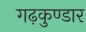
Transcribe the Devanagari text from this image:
गढ़कुण्डार